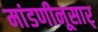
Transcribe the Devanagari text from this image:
मांडणीनूसार्